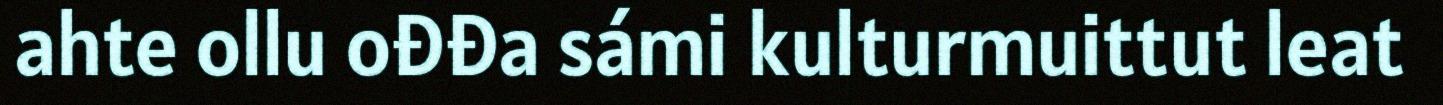
ahte ollu ođđa sámi kulturmuittut leat